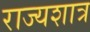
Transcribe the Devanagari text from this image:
राज्यशात्र